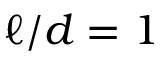
\ell / d = 1